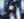
اليوم